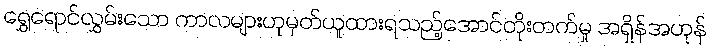
ရွှေရောင်လွှမ်းသော ကာလများဟုမှတ်ယူထားရသည့်အောင်တိုးတက်မှု အရှိန်အဟုန်